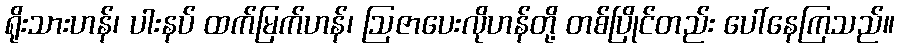
ရိုးသားဟန်၊ ပါးနပ် ထက်မြက်ဟန်၊ ဩဇာပေးလိုဟန်တို့ တစ်ပြိုင်တည်း ပေါ်နေကြသည်။